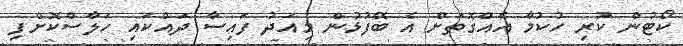
ކޯޓުން ކުރި ހުކުމާ އެއްގޮތަށް އެ ބޭފުޅުން މިއަދު ފައިސާ ދައްކައި ހަލާސްކޮށްފި